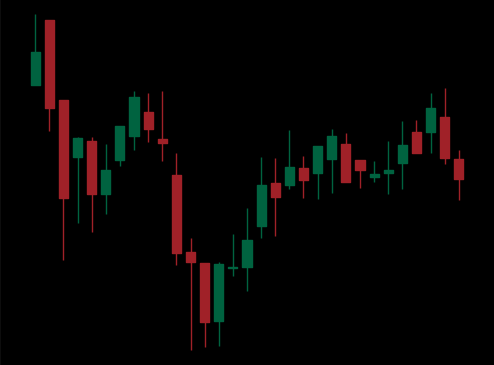
Pattern: inverse_head_shoulders